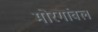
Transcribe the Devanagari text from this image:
मोरगांवल